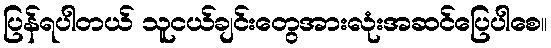
ပြန်ရပါတယ် သူငယ်ချင်းတွေအားလုံးအဆင်ပြေပါစေ။